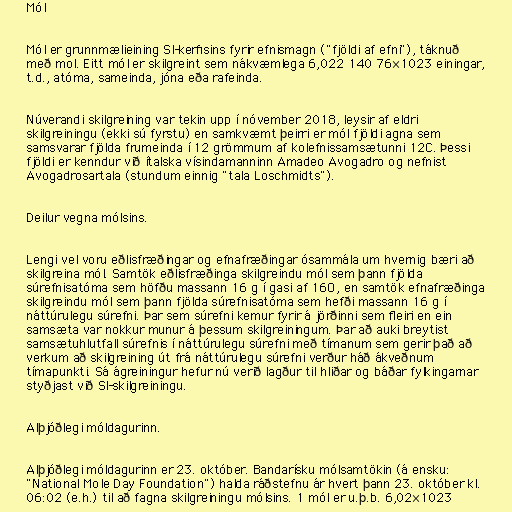
Mól

Mól er grunnmælieining SI-kerfisins fyrir efnismagn ("fjöldi af efni"), táknuð
með mol. Eitt mól er skilgreint sem nákvæmlega 6,022 140 76×1023 einingar,
t.d., atóma, sameinda, jóna eða rafeinda.

Núverandi skilgreining var tekin upp í nóvember 2018, leysir af eldri
skilgreiningu (ekki sú fyrstu) en samkvæmt þeirri er mól fjöldi agna sem
samsvarar fjölda frumeinda í 12 grömmum af kolefnissamsætunni 12C. Þessi
fjöldi er kenndur við ítalska vísindamanninn Amadeo Avogadro og nefnist
Avogadrosartala (stundum einnig "tala Loschmidts").

Deilur vegna mólsins.

Lengi vel voru eðlisfræðingar og efnafræðingar ósammála um hvernig bæri að
skilgreina mól. Samtök eðlisfræðinga skilgreindu mól sem þann fjölda
súrefnisatóma sem höfðu massann 16 g í gasi af 16O, en samtök efnafræðinga
skilgreindu mól sem þann fjölda súrefnisatóma sem hefði massann 16 g í
náttúrulegu súrefni. Þar sem súrefni kemur fyrir á jörðinni sem fleiri en ein
samsæta var nokkur munur á þessum skilgreiningum. Þar að auki breytist
samsætuhlutfall súrefnis í náttúrulegu súrefni með tímanum sem gerir það að
verkum að skilgreining út frá náttúrulegu súrefni verður háð ákveðnum
tímapunkti. Sá ágreiningur hefur nú verið lagður til hliðar og báðar fylkingarnar
styðjast við SI-skilgreiningu.

Alþjóðlegi móldagurinn.

Alþjóðlegi móldagurinn er 23. október. Bandarísku mólsamtökin (á ensku:
"National Mole Day Foundation") halda ráðstefnu ár hvert þann 23. október kl.
06:02 (e.h.) til að fagna skilgreiningu mólsins. 1 mól er u.þ.b. 6,02×1023